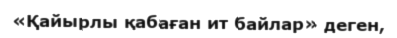
«Қайырлы қабаған ит байлар» деген,